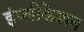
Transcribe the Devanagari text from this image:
इंप्लीकेशन